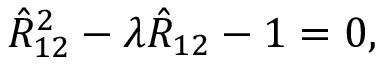
\hat { R } _ { 1 2 } ^ { 2 } - \lambda \hat { R } _ { 1 2 } - 1 = 0 ,